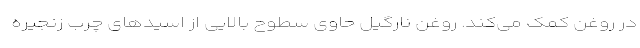
در روغن کمک می‌کند. روغن نارگیل حاوی سطوح بالایی از اسیدهای چرب زنجیره